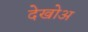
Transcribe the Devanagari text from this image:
देखोअ